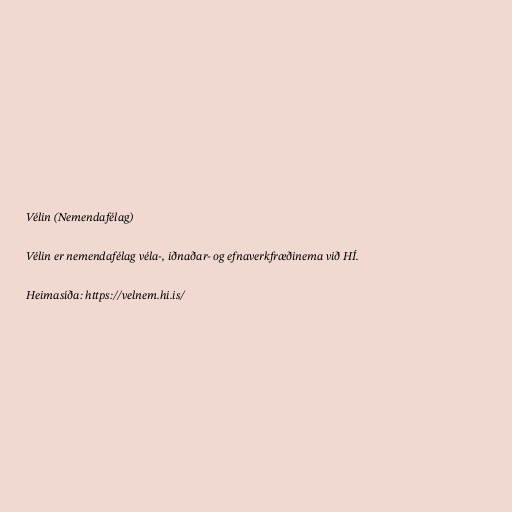
Vélin (Nemendafélag)

Vélin er nemendafélag véla-, iðnaðar- og efnaverkfræðinema við HÍ.

Heimasíða: https://velnem.hi.is/